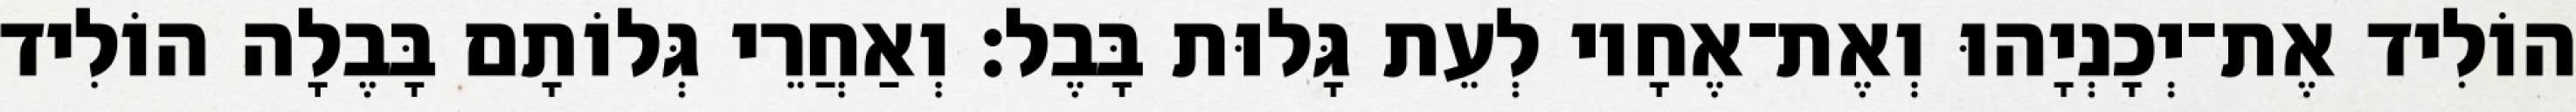
הוֹלִיד אֶת־יְכָנְיָהוּ וְאֶת־אֶחָיו לְעֵת גָּלוּת בָּבֶל׃ וְאַחֲרֵי גְּלוֹתָם בָּבֶלָה הוֹלִיד